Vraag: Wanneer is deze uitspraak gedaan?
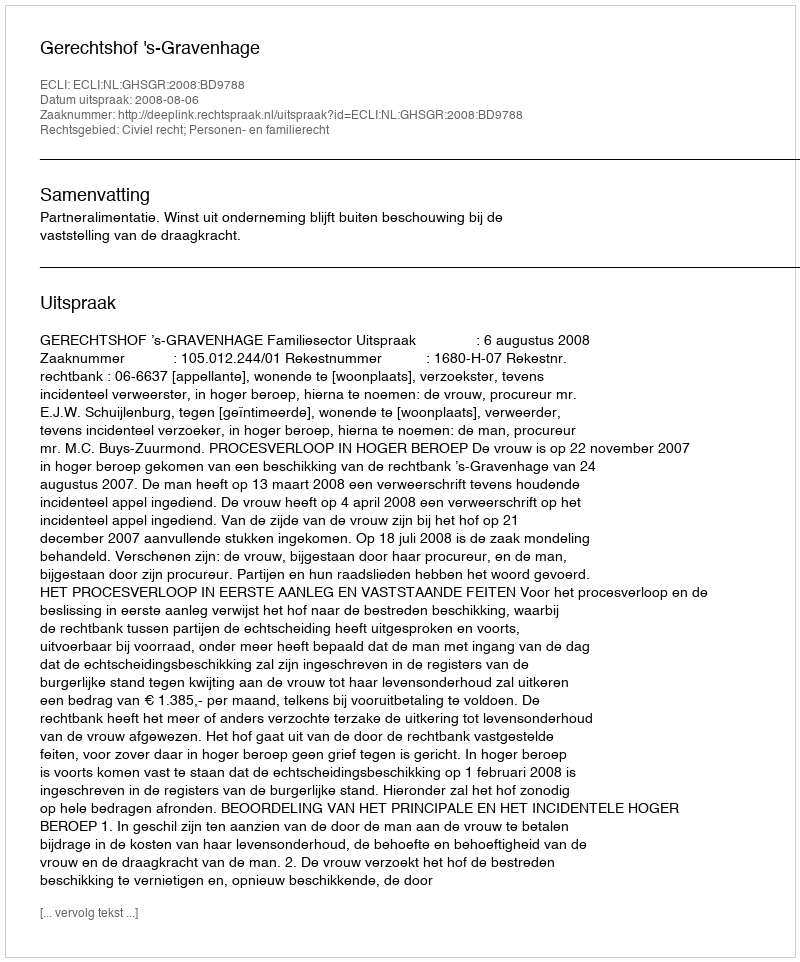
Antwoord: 2008-08-06